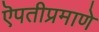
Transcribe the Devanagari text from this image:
ऎपतीप्रमाणे